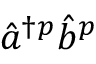
\hat { a } ^ { \dag p } \hat { b } ^ { p }